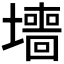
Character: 𫮶